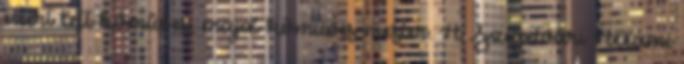
ezért lett kômûves, majd kômûves mester. A Szigetvári Állami